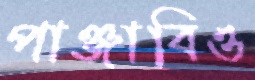
পাঞ্জাবিও